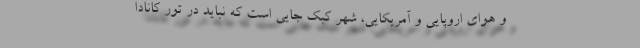
و هوای اروپایی و آمریکایی، شهر کبک جایی است که نباید در تور کانادا